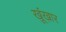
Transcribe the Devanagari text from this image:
ख़ूंख़ार